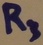
Text: R3